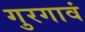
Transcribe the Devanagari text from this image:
गुरगावं